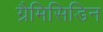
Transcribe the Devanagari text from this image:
ग्रैमिसिडिन